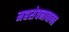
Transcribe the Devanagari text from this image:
मद्यसेवनाबाबत